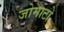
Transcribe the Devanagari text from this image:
जोमाटो